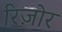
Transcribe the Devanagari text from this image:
रिज़ोर